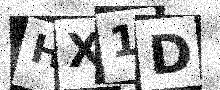
Text: HX1D